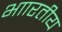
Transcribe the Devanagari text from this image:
भाारतीय